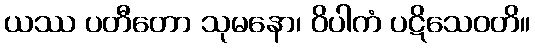
ယဿ ပတီတော သုမနော၊ ဝိပါကံ ပဋိသေဝတိ။